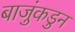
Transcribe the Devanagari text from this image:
बाजुंकडुन